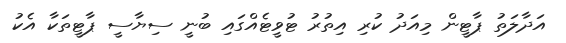
އަދާލަތު ޕާޓީން މިއަދު ކުރި އިތުރު ޓުވީޓެއްގައި ބުނީ ސިޔާސީ ޕާޓީތަކާ އެކު